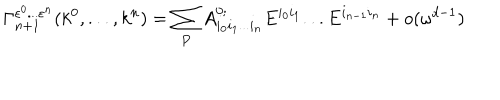
\Gamma _ { n + 1 } ^ { \varepsilon ^ { 0 } . . . \varepsilon ^ { n } } ( k ^ { 0 } , . . . , k ^ { n } ) = \sum _ { P } A _ { i _ { 0 } i _ { 1 } . . . i _ { n } } ^ { 0 ; } E ^ { i _ { 0 } i _ { 1 } } . . . E ^ { i _ { n - 1 } i _ { n } } + o ( \omega ^ { d - 1 } )